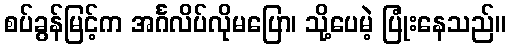
စပ်ခွန်မြင့်က အင်္ဂလိပ်လိုမပြော၊ သို့ပေမဲ့ ပြုံးနေသည်။